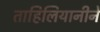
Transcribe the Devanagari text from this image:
ताहिलियानीने